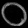
Digit: ၀